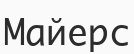
Майерс